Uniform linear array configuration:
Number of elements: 8
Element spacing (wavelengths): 0.75
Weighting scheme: kaiser
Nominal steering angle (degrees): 45
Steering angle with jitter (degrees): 46.29
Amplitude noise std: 0.05
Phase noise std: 0.05

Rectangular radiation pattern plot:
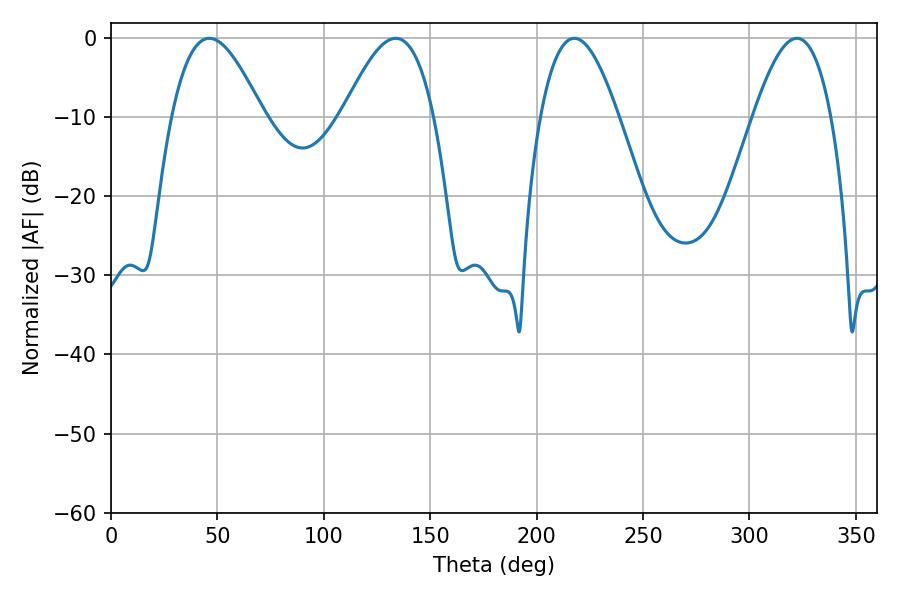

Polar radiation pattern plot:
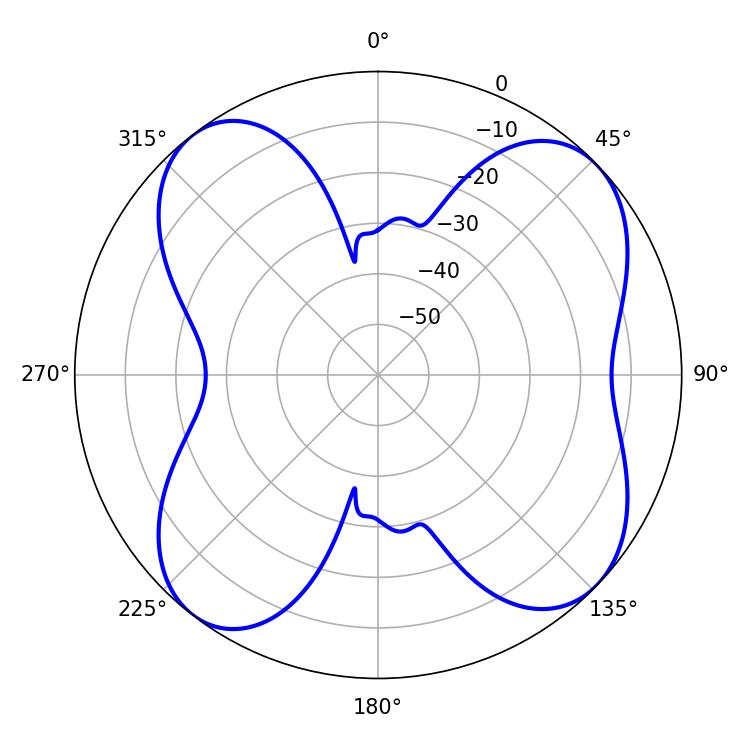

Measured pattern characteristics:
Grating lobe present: TRUE
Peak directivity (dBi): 10.038
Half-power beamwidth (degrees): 23.22
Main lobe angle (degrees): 46.26